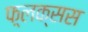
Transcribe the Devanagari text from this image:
फ़्लक्सस